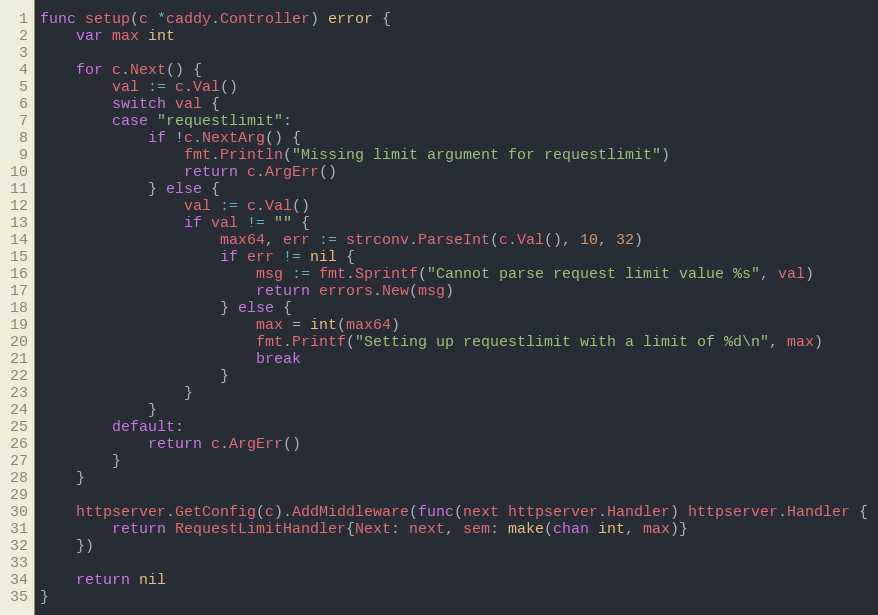
Language: Go
func setup(c *caddy.Controller) error {
	var max int

	for c.Next() {
		val := c.Val()
		switch val {
		case "requestlimit":
			if !c.NextArg() {
				fmt.Println("Missing limit argument for requestlimit")
				return c.ArgErr()
			} else {
				val := c.Val()
				if val != "" {
					max64, err := strconv.ParseInt(c.Val(), 10, 32)
					if err != nil {
						msg := fmt.Sprintf("Cannot parse request limit value %s", val)
						return errors.New(msg)
					} else {
						max = int(max64)
						fmt.Printf("Setting up requestlimit with a limit of %d\n", max)
						break
					}
				}
			}
		default:
			return c.ArgErr()
		}
	}

	httpserver.GetConfig(c).AddMiddleware(func(next httpserver.Handler) httpserver.Handler {
		return RequestLimitHandler{Next: next, sem: make(chan int, max)}
	})

	return nil
}